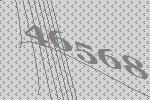
46568